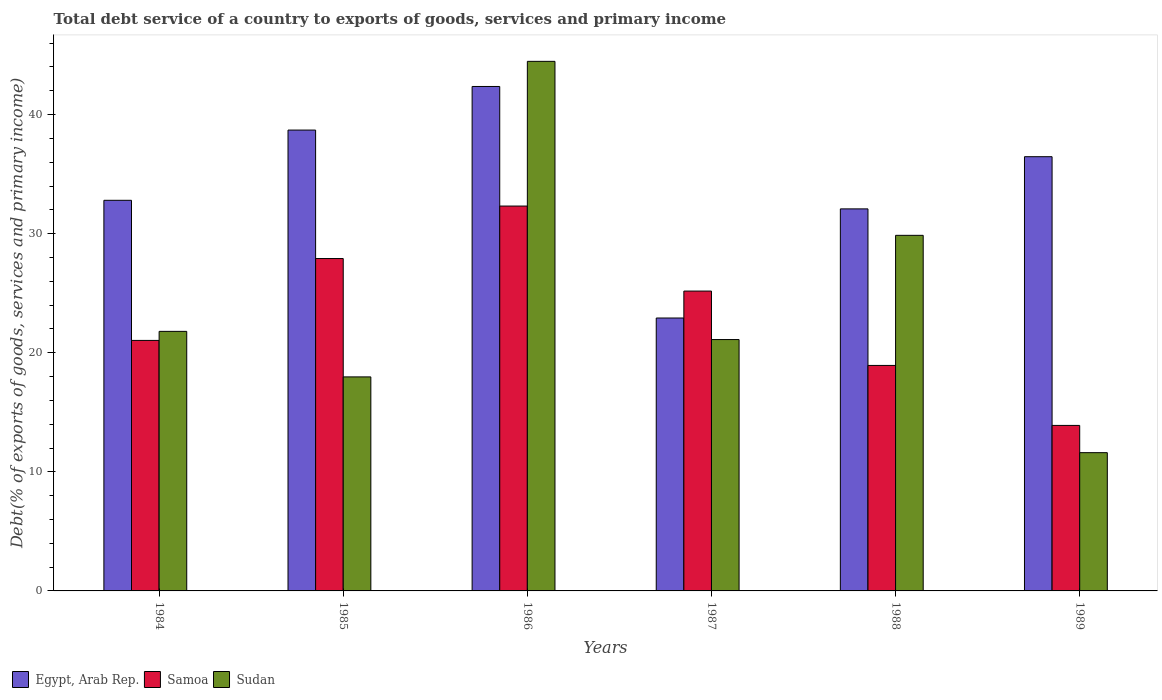
| Years | Egypt, Arab Rep. | Samoa | Sudan |
 | --- | --- | --- | --- |
 | 1984 | 32.8 | 21 | 21.8 |
 | 1985 | 38.7 | 27.9 | 18 |
 | 1986 | 42.4 | 32.3 | 44.5 |
 | 1987 | 22.9 | 25.2 | 21.1 |
 | 1988 | 32.1 | 18.9 | 29.9 |
 | 1989 | 36.5 | 13.9 | 11.6 |